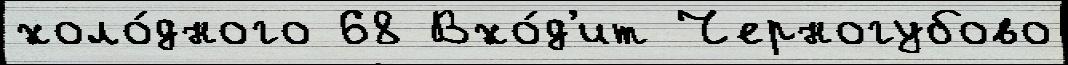
холо́дного 68 Вхо́д'ит Черногубово